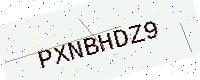
Text: PXNBHDZ9